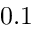
0 . 1